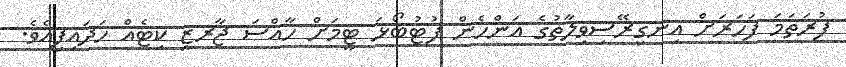
ފުރަތަމަ ފަހަރަށް އިނގިރޭސިވިލާތުގެ އަންހެން ފުޓުބޯޅަ ޓީމަށް ހާއްސަ ޖާރޒީ ކިޓެއް ހަދައިފިއެވެ.